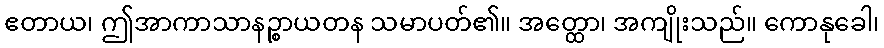
ဧတာယ၊ ဤအာကာသာနဉ္စာယတန သမာပတ်၏။ အတ္ထော၊ အကျိုးသည်။ ကောနုခေါ၊